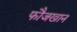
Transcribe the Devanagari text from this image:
फौजखान